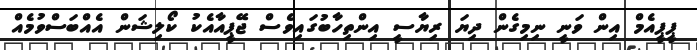
ޕީޕީއެމް އިން ވަނީ ނިމިގެން ދިޔަ ރިޔާސީ އިންތިހާބުގައިވެސް ޖޭޕީއާއެކު ކޯލިޝަން އެއްބަސްވުމެއް